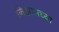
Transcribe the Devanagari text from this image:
निझामच्या